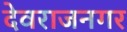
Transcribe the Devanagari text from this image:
देवराजनगर